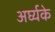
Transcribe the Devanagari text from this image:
अर्घ्यके